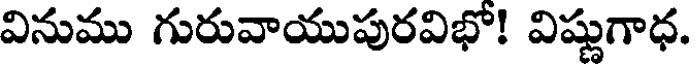
వినుము గురువాయుపురవిభో! విష్ణుగాధ.